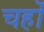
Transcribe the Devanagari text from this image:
चहों